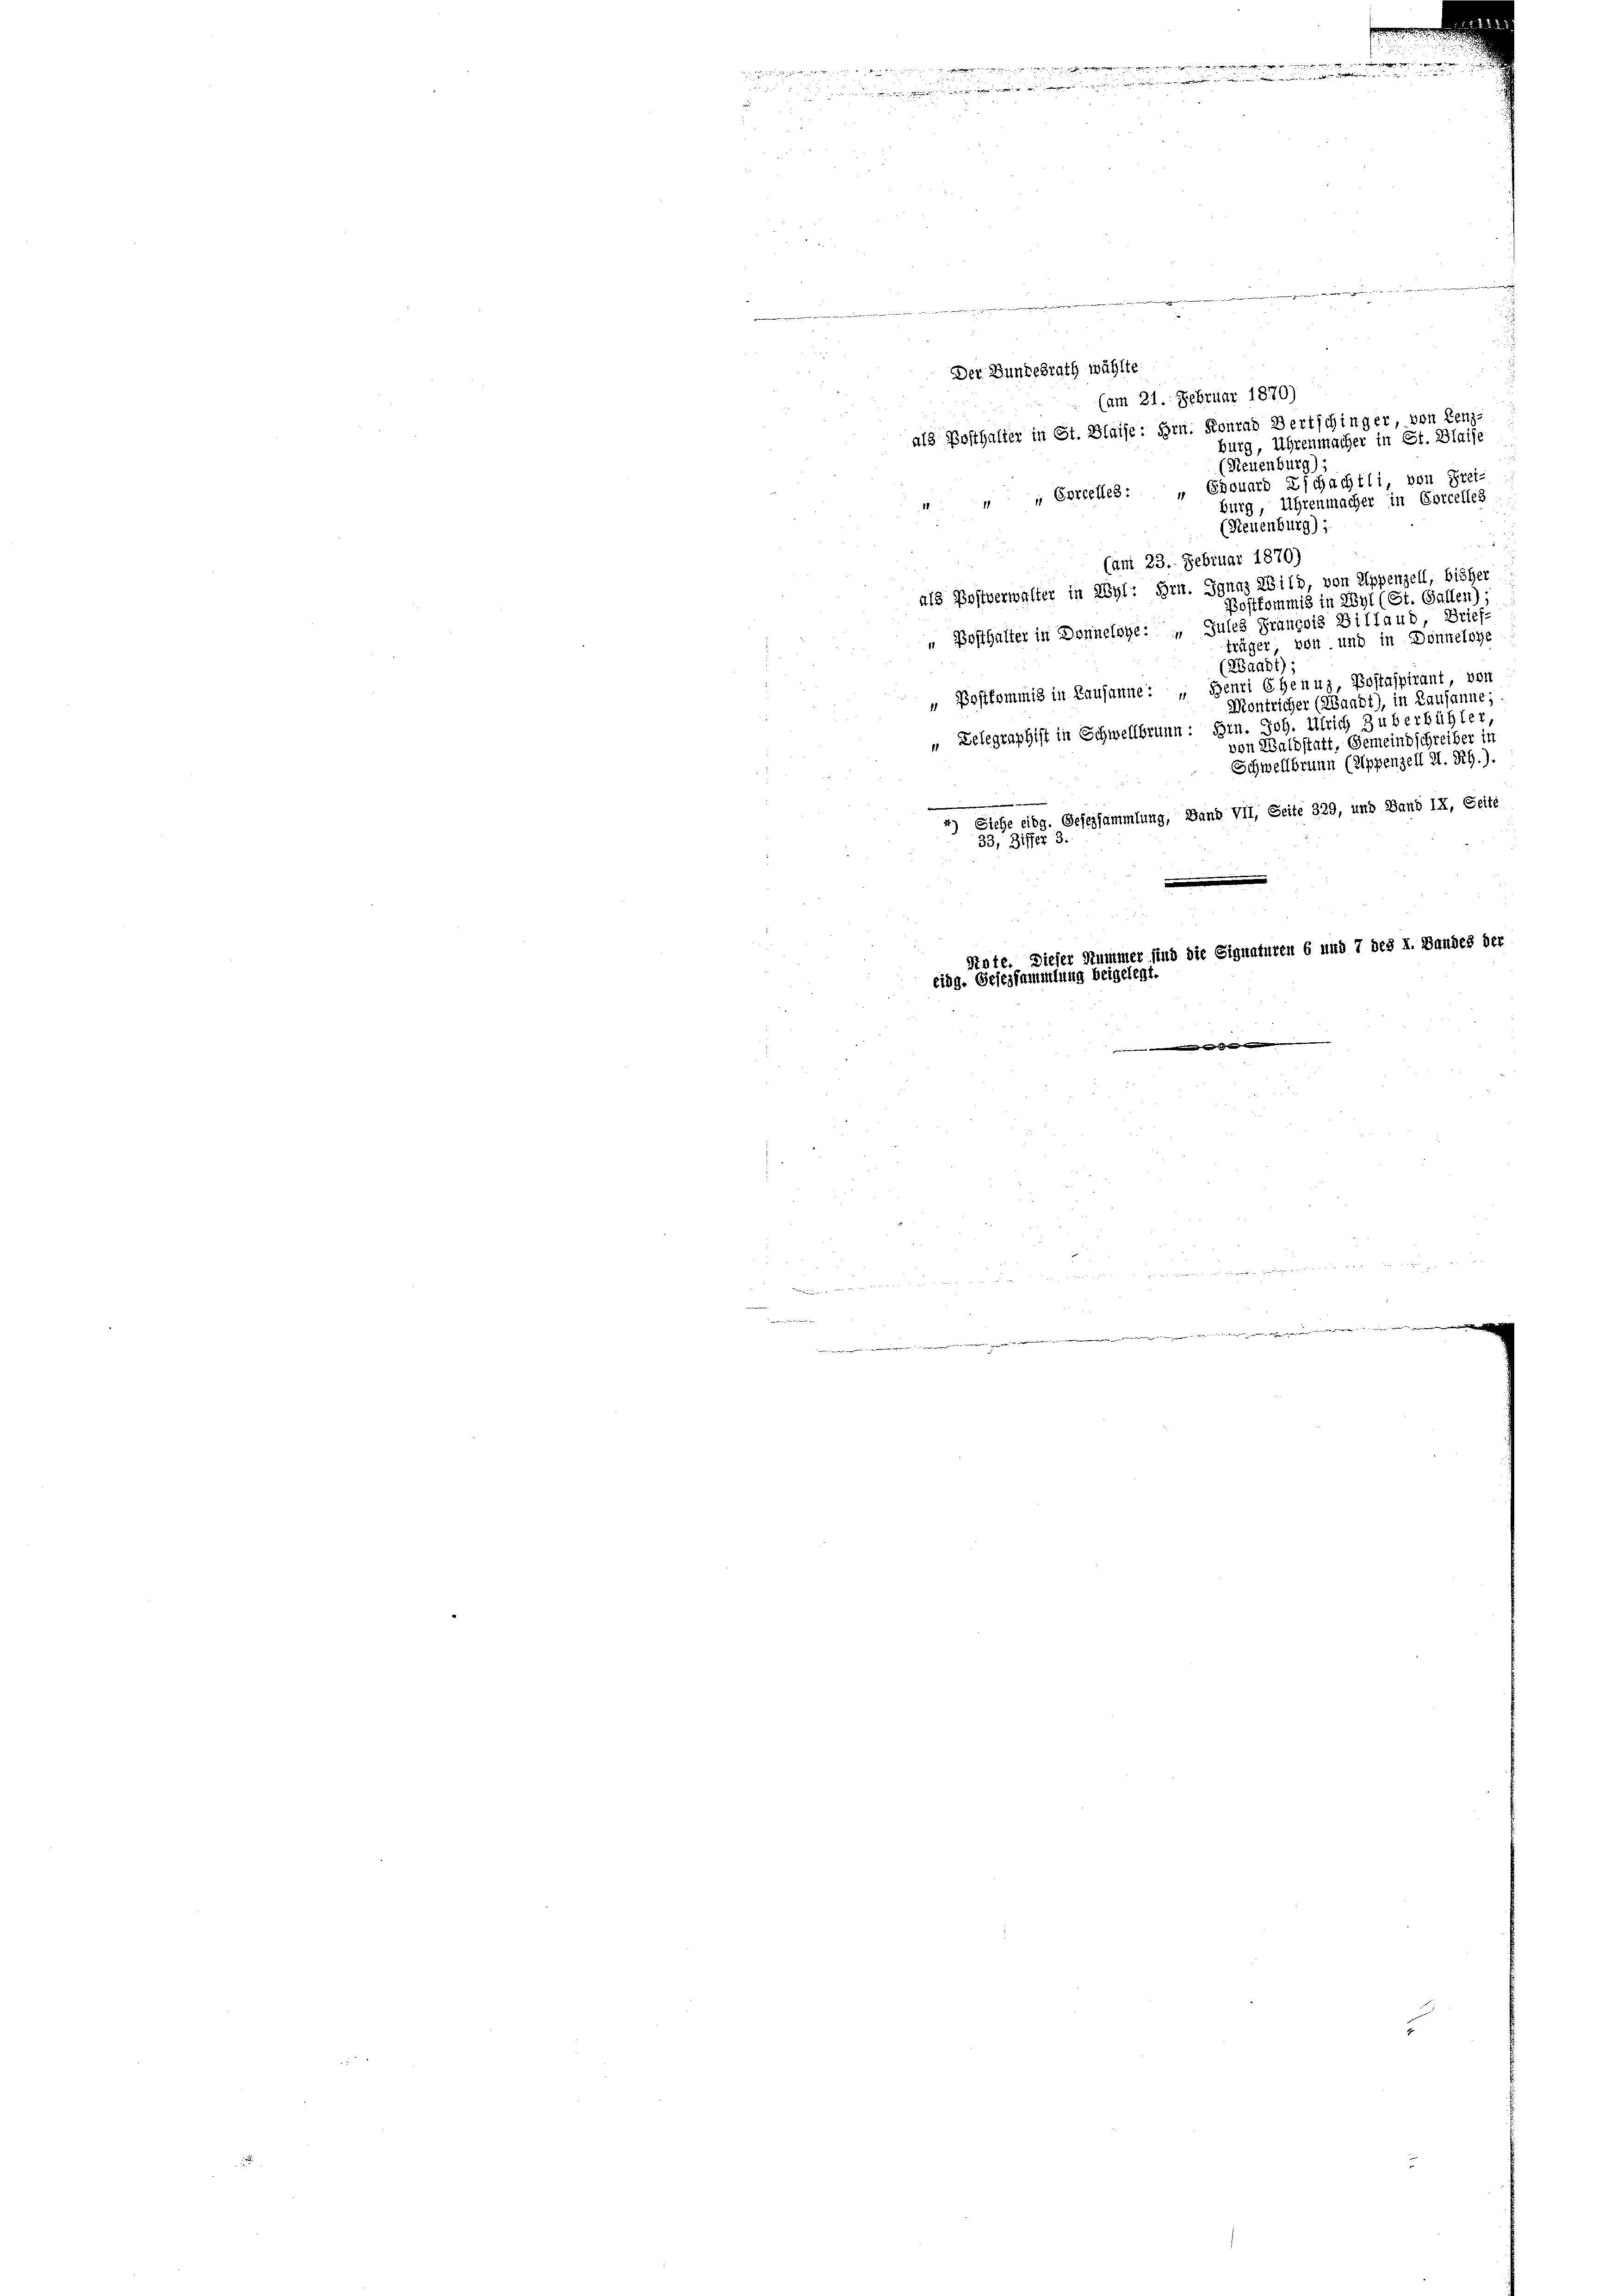
mine

.

w

.
Der Bundesrath wählte
(am 21. Februar 1870)
als Posthalter in St. Blaise: Hrn. Konrad Bertschinger, von Lenz-
burg, Uhrenmacher in St. Blaise
(Neuenburg),
 Ehouard Zschachtli, von Frei-
1 " Eorcelles:
burg, Uhrenmacher in Corcelles
(Neuenburg)
(am 23. Februar 1870)
als Postverwalter in Wyl: Hrn. Jgnaz Bild, von Appenzell, bisher
Postkommis in Wyl (St. Gallen);
„ Posthalter in Donneloge: „ Jules François Billaud, Brief-
träger von und in Donneloye
(Waadt);
„ Postkommis in Lausanne: „Genri Chenuz, Postajpirant von
Kontricher (Waadt), in Lausanne;
„ Telegraphist in Schwellbrunn: Hrn. Joh. Ulrich Zuberbühler,
von Waldstatt, Gemeindschreiber in
Schwellbrunn (Zippenzell A. Rh.).
4) Siehe eidg. Gefeisammlung, Bann Vil, Seite 329, und Band IX, Seite
33, Ziffer 3.

e
Stute. Dieser Stummer sind die Signaturen 6 und 7 des I. Bandes der
eidg. Gesezsammlung beigelegt.
e

wenn er den begangen, de